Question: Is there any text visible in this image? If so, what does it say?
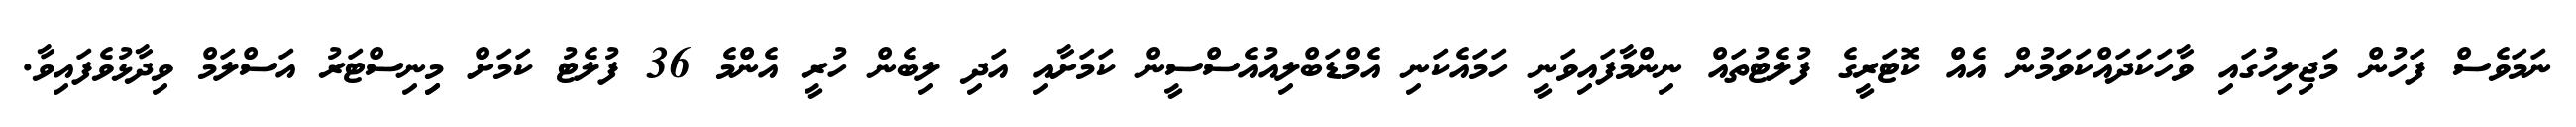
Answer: ނަމަވެސް ފަހުން މަޖިލިހުގައި ވާހަކަދައްކަވަމުން އެއް ކޮޓަރީގެ ފުލެޓުތައް ނިންމާފައިވަނީ ހަމައެކަނި އެމްޑަބްލިއުއެސްސީން ކަމަށާއި އަދި ލިބެން ހުރީ އެންމެ 36 ފުލެޓު ކަމަށް މިިނިސްޓަރު އަސްލަމް ވިދާޅުވެފައިވާ.